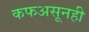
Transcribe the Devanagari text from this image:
कफअसूनही